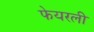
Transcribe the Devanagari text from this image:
फेयरली